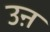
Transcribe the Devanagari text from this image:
उऩ